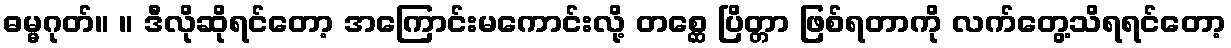
ဓမ္မဂုတ်။ ။ ဒီလိုဆိုရင်တော့ အကြောင်းမကောင်းလို့ တစ္ဆေ ပြိတ္တာ ဖြစ်ရတာကို လက်တွေ့သိရရင်တော့